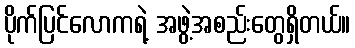
ပိုက်ပြင်လောကရဲ့ အဖွဲ့အစည်းတွေရှိတယ်။